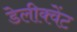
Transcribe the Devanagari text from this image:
डेलीक्वेंट